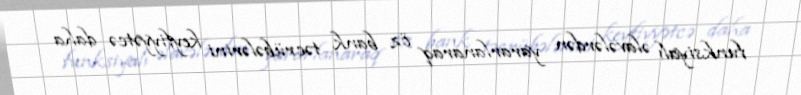
funksiyalı əlavələrdən yararlanaraq öz bank təcrübələrini keyfiyyətcə daha